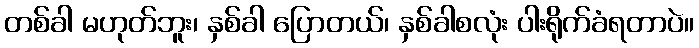
တစ်ခါ မဟုတ်ဘူး၊ နှစ်ခါ ပြောတယ်၊ နှစ်ခါစလုံး ပါးရိုက်ခံရတာပဲ။